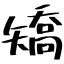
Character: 矯